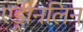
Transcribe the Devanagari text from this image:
एड्रीनलिन